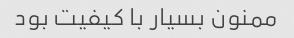
ممنون بسیار با کیفیت بود